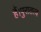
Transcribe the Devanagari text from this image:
हैं।पुरातत्व